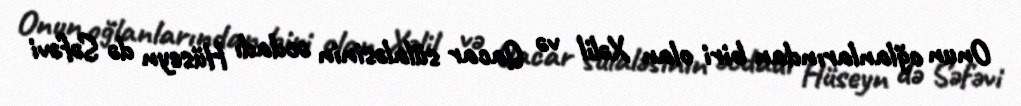
Onun oğlanlarından biri olan Xəlil və Qacar sülaləsinin əcdadı Hüseyn də Səfəvi